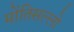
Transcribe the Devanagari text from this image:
मोंतिसल्लो